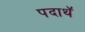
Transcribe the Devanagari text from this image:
पदाथॅ